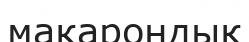
макарондық